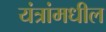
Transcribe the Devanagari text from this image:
यंत्रांमधील